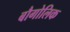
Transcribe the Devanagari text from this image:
बौगोलिक